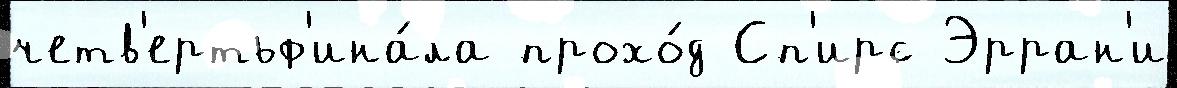
четв'ертьф'ина́ла прохо́д Сп'ирс Эрран'и